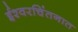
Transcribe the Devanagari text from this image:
ईश्वरचिंतनात